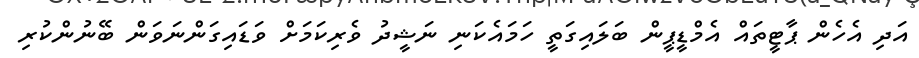
އަދި އެހެން ޕާޓީތައް އެމްޑީޕީން ބަލައިގަތީ ހަމައެކަނި ނަޝީދު ވެރިކަމަށް ވަޑައިގަންނަވަން ބޭނުންކުރި